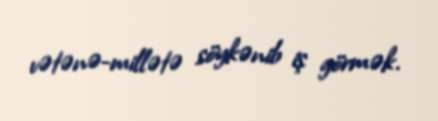
vətənə-millətə söykənib iş görmək.